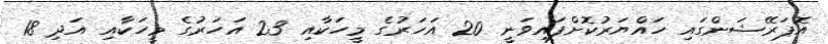
އޮޕަރޭޝަންގައި ހައްޔަރުކޮށްފައިވަނީ 20 އަހަރުގެ މީހަކާއި 23 އަހަރުގެ މީހަކާއި އަދި 18